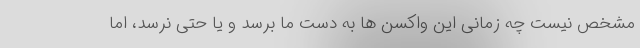
مشخص نیست چه زمانی این واکسن ها به دست ما برسد و یا حتی نرسد، اما